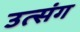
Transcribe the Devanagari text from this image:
उत्संग